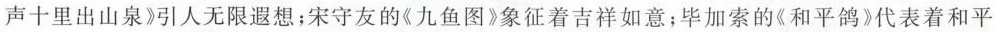
声十里出山泉》引人无限遐想；宋守友的《九鱼图》象征着吉祥如意；毕加索的《和平鸽》代表着和平